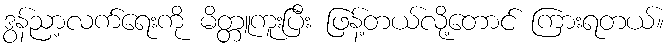
ဒွန်ညာ့လက်ရေးကို မိတ္တူကူးပြီး ဖြန့်တယ်လို့တောင် ကြားရတယ်။